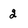
Character: 2